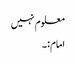
معلوم نہیں
امام:۔